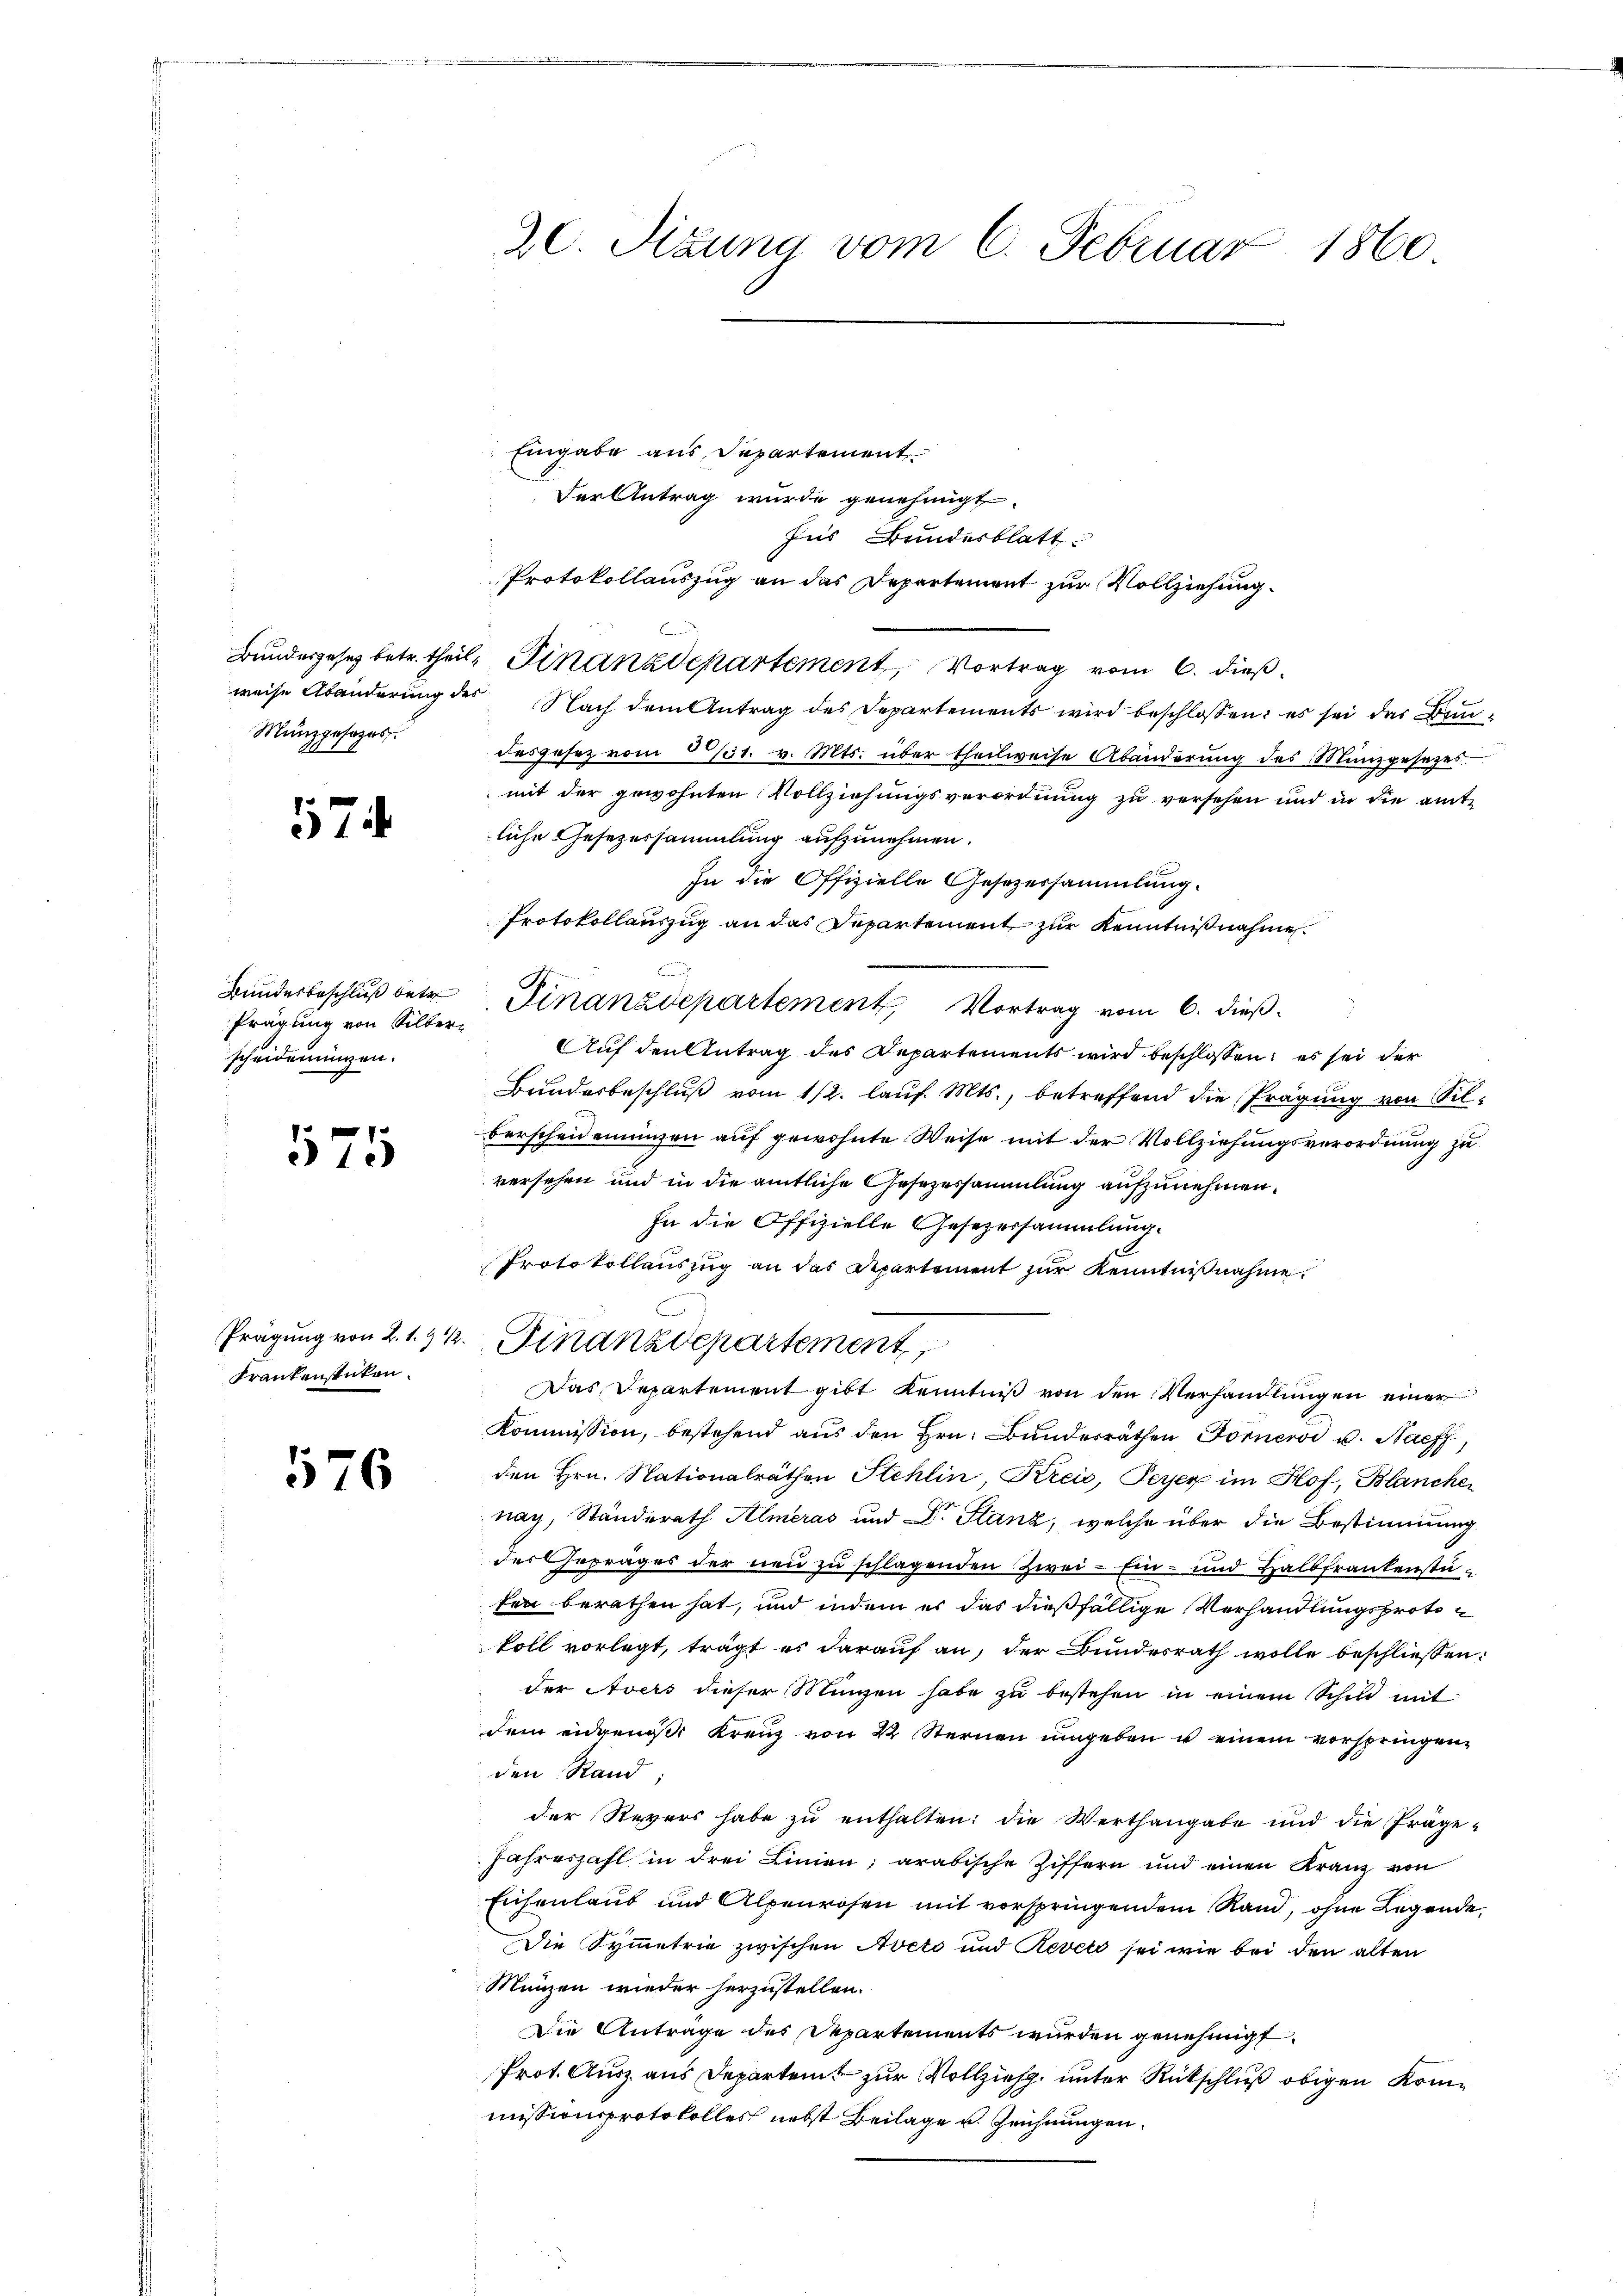
Münzgesages.

574

Bundesbeschluß betr.
Prägung von Silberscheidenungen.

575

Frankenstücken.

576

Eingabe aus Departement
Der Antrag wurde genehmigt.
Ins Bundesblatt
Protokollauszug an das Departement zur Vollziehung.
Bundesgesetz betr. theil. Finanzdepartement, Vortrag vom 6. dieß.
weise Abänderŭng des Nach dem Antrag des Departements wird beschlossen: es sei das Bundesgesez vom 231. v. Mts. über theilweise Abänderŭng des Münzgesezes
mit der gewohnten Vollziehungsverordnung zu versehen und in die amte
liche Gesezessammlung aufzunehmen.
In die Offizielle Gesezessammlung.
Protokollauszug an das Departement zur Kenntnißnahme
n
Finanzdepartement Vortrag vom 6. dieß
Auf den Antrag des Departements wird beschlossen: es sei der
Bundesbeschlŭβ vom 1/2. laŭf. Mts., betreffend die Prägung von Silberscheideningen auf gewohnte Weise mit der Vollziehungsverordnung zu
versehen und in die amtliche Gesezessammlung aufzunehmen.
In die Offizielle Gesezessammlung.
Protokollauszug an das Departement zur Kenntnißnahme.
Prägung von 21. 3 k. Finanzdepartement
Das Departement gibt kenntniß von den Verhandlungen einer
Kommission, bestehend aus den Hrn. Bunderräthen Forner u. Nachf
den Hrn. Nationalräthen Stehlin, Kreis, Peyer im Hof, Blanchen
nach, Standerath Almeras und Dr. Stanz, welche über die Bestimmung
des Getrages der neu zu schlagenden Zwei - Ein- und Halbfrankenstüfen berathen hat, und indem er das dießfällige Verhandlungsprotokoll vorlegt, trägt es darauf an, der Bundesrath wolle beschliessen:
der Avers dieser Münzen habe zŭ bestehen in einem Schuld mit
dem eidgenößi Kreuz von 22 Sternen umgeben u einem vorspringen
den Stand;
der Revers habe zŭ enthalten: die Werthangabe und die fräge-
Jahreszahl in drei Linien; arabische Ziffern und einen Kranz von
Eichenlaub und Alpenrosen mit vorspringendem Rand, ohne Legende
Die Symmetrie zwischen Aveto und Revet sei wie bei den alten
Münzen wieder herzustellen.
Die Antrage des Departements wurden genehmigt.
Prot. Ausz. aus Departemt zur Vollzieh, unter Rückschluß obigen kom
missionsprotokolles nebst Beilagen Zeichnungen

20. Sizung vom 6. Februar 1860